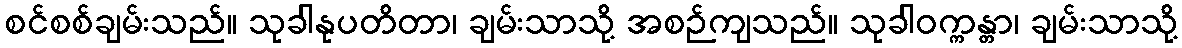
စင်စစ်ချမ်းသည်။ သုခါနုပတိတာ၊ ချမ်းသာသို့ အစဉ်ကျသည်။ သုခါဝက္ကန္တာ၊ ချမ်းသာသို့